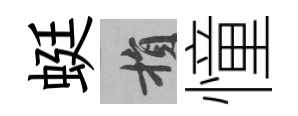
蜓損憧